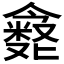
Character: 𪝶